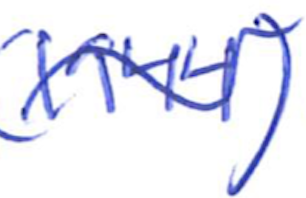
Text: 1944)
Cross-out: wave
Writing tool: ballpoint